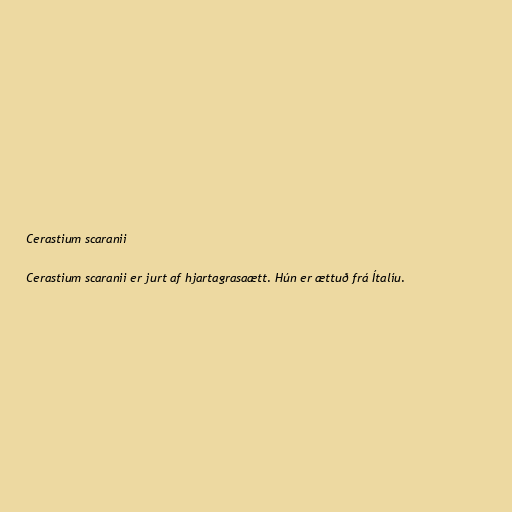
Cerastium scaranii

Cerastium scaranii er jurt af hjartagrasaætt. Hún er ættuð frá Ítalíu.